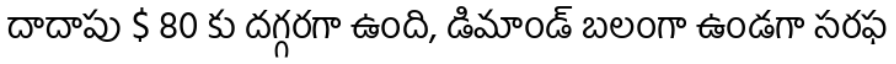
దాదాపు $ 80 కు దగ్గరగా ఉంది, డిమాండ్ బలంగా ఉండగా సరఫ